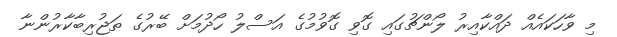
މި ވާހަކައެއް ދައްކާއިރު ލޯންޗުގައި ގޮވި ގޮވުމުގެ އަސްލު ހޯދުމަށް ބޭރުގެ ތަޖުރިބާކާރުންނާ